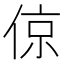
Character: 倞